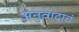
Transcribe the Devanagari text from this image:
अनुवादाचं